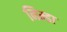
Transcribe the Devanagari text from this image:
निम्डा